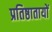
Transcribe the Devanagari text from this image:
प्रतिष्ठातायों